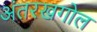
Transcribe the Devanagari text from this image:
अंतरखगोल